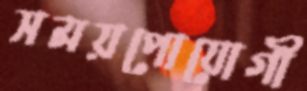
সময়পোযোগী